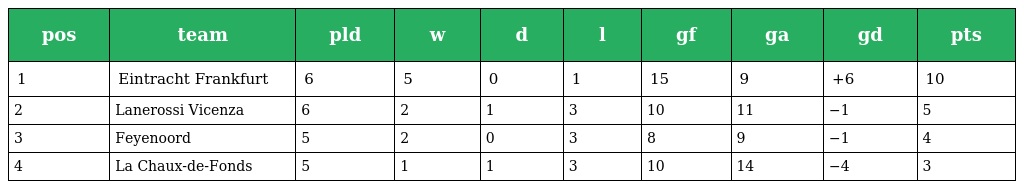
| pos | team | pld | w | d | l | gf | ga | gd | pts |
 | --- | --- | --- | --- | --- | --- | --- | --- | --- | --- |
 | 1 | Eintracht Frankfurt | 6 | 5 | 0 | 1 | 15 | 9 | +6 | 10 |
 | 2 | Lanerossi Vicenza | 6 | 2 | 1 | 3 | 10 | 11 | −1 | 5 |
 | 3 | Feyenoord | 5 | 2 | 0 | 3 | 8 | 9 | −1 | 4 |
 | 4 | La Chaux-de-Fonds | 5 | 1 | 1 | 3 | 10 | 14 | −4 | 3 |